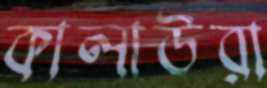
কালাউরা